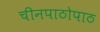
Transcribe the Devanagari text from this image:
चीनपाठोपाठ